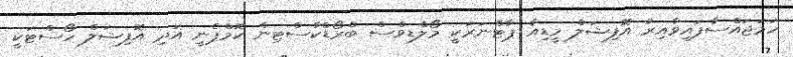
ހަމަޖައްސާފައިވާއިރު އޮފިޝަލް މީޑިއާ ޕާޓްނަރަކީ މޯލްޑިވްސް ބްރޯޑްކާސްޓިން ކޮމްޕެނީ އަދި އޮފިޝަލް ހޯސްޓަކީ